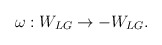
\begin{align*}\omega:W_{LG}\rightarrow -W_{LG}.\end{align*}